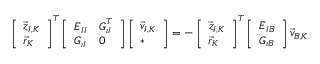
\begin{array} { r } { \left[ \begin{array} { l } { \vec { z } _ { I , K } } \\ { \vec { r } _ { K } } \end{array} \right] ^ { T } \left[ \begin{array} { l l } { \boldsymbol { E } _ { I I } } & { \boldsymbol { G } _ { \iota I } ^ { T } } \\ { \boldsymbol { G } _ { \iota I } } & { \boldsymbol { 0 } } \end{array} \right] \left[ \begin{array} { l } { \vec { v } _ { I , K } } \\ { * } \end{array} \right] = - \left[ \begin{array} { l } { \vec { z } _ { I , K } } \\ { \vec { r } _ { K } } \end{array} \right] ^ { T } \left[ \begin{array} { l } { \boldsymbol { E } _ { I B } } \\ { \boldsymbol { G } _ { \iota B } } \end{array} \right] \vec { v } _ { B , K } } \end{array}